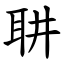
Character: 䎴